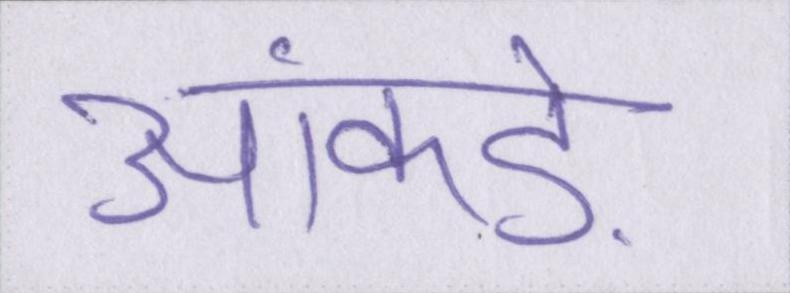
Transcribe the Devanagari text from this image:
आंकड़े